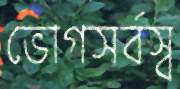
ভোগসর্বস্ব